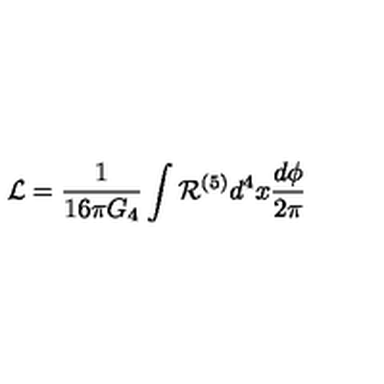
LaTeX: { \cal L } = { \frac { 1 } { 1 6 \pi G _ { 4 } } } \int { \cal R } ^ { ( 5 ) } { d ^ { 4 } x } { \frac { d \phi } { 2 \pi } }